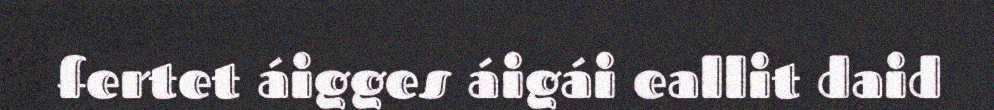
fertet áigges áigái eallit daid